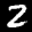
Label: 2